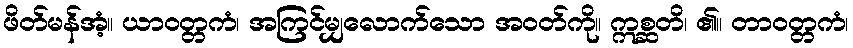
ဖိတ်မန်အံ့။ ယာဝတ္တကံ၊ အကြင်မျှလောက်သော အဝတ်ကို။ ဣစ္ဆတိ၊ ၏။ တာဝတ္တကံ၊